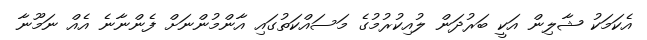
އެކަމަކު ޝާލިން އަކީ ބަރުދަން ލުއިކުރުމުގެ މަސައްކަތުގައި އާންމުންނަށް ފެންނާނެ އެއް ނަމޫނާ